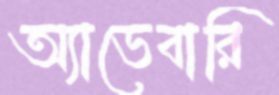
অ্যাভেবারি